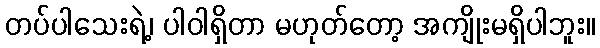
တပ်ပါသေးရဲ့၊ ပါဝါရှိတာ မဟုတ်တော့ အကျိုးမရှိပါဘူး။